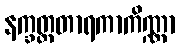
နက္ခတ္တတာရကာကိဏ္ဏာ